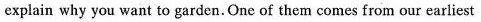
explain why you want to garden. One of them comes from our earliest